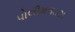
પોલીમરાઇઝ